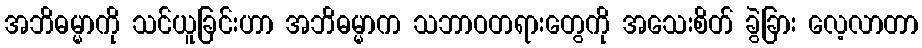
အဘိဓမ္မာကို သင်ယူခြင်းဟာ အဘိဓမ္မာက သဘာဝတရားတွေကို အသေးစိတ် ခွဲခြား လေ့လာတာ